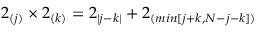
2 _ { ( j ) } \times 2 _ { ( k ) } = 2 _ { | j - k | } + 2 _ { ( m i n [ j + k , N - j - k ] ) }